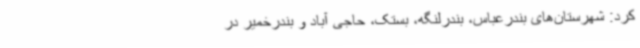
کرد: شهرستان‌های بندرعباس، بندرلنگه، بستک، حاجی آباد و بندرخمیر در